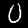
Label: 0